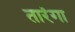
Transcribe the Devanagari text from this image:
तारंगा